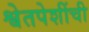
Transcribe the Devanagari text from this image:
श्वेतपेशींची